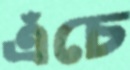
এঁচে